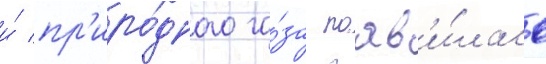
и́ пр'иро́дного га́за поав'и́лась